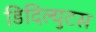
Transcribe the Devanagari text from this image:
डिदिल्युटस